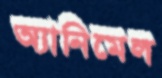
অ্যানিমেল